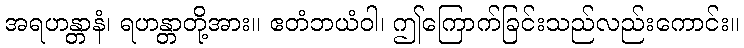
အရဟန္တာနံ၊ ရဟန္တာတို့အား။ ဧတံဘယံဝါ၊ ဤကြောက်ခြင်းသည်လည်းကောင်း။